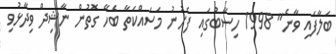
ބަލާފައި ވާނެ" 1998 ހިސާބުގައި ފެށުނު މަސައްކަތާ ބެހޭ ގޮތުން ނާޝިދް ވިދާޅުވި